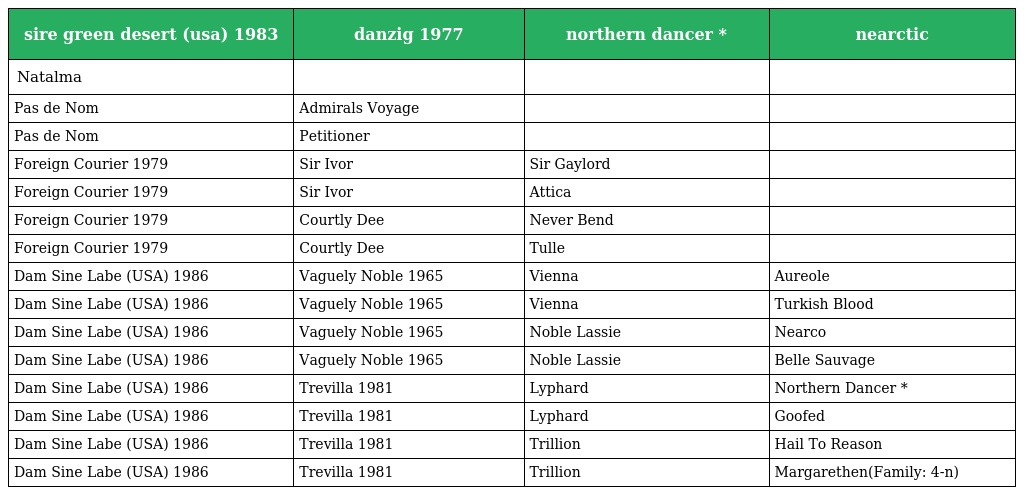
| sire green desert (usa) 1983 | danzig 1977 | northern dancer * | nearctic |
 | --- | --- | --- | --- |
 | Natalma |  |  |  |
 | Pas de Nom | Admirals Voyage |  |  |
 | Pas de Nom | Petitioner |  |  |
 | Foreign Courier 1979 | Sir Ivor | Sir Gaylord |  |
 | Foreign Courier 1979 | Sir Ivor | Attica |  |
 | Foreign Courier 1979 | Courtly Dee | Never Bend |  |
 | Foreign Courier 1979 | Courtly Dee | Tulle |  |
 | Dam Sine Labe (USA) 1986 | Vaguely Noble 1965 | Vienna | Aureole |
 | Dam Sine Labe (USA) 1986 | Vaguely Noble 1965 | Vienna | Turkish Blood |
 | Dam Sine Labe (USA) 1986 | Vaguely Noble 1965 | Noble Lassie | Nearco |
 | Dam Sine Labe (USA) 1986 | Vaguely Noble 1965 | Noble Lassie | Belle Sauvage |
 | Dam Sine Labe (USA) 1986 | Trevilla 1981 | Lyphard | Northern Dancer * |
 | Dam Sine Labe (USA) 1986 | Trevilla 1981 | Lyphard | Goofed |
 | Dam Sine Labe (USA) 1986 | Trevilla 1981 | Trillion | Hail To Reason |
 | Dam Sine Labe (USA) 1986 | Trevilla 1981 | Trillion | Margarethen(Family: 4-n) |